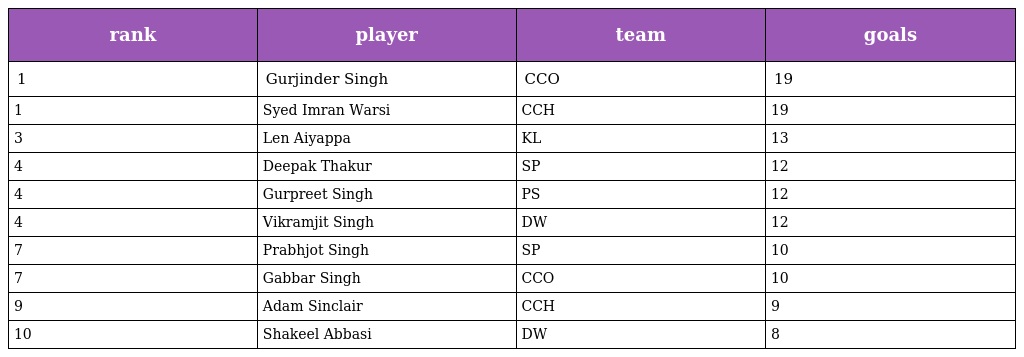
| rank | player | team | goals |
 | --- | --- | --- | --- |
 | 1 | Gurjinder Singh | CCO | 19 |
 | 1 | Syed Imran Warsi | CCH | 19 |
 | 3 | Len Aiyappa | KL | 13 |
 | 4 | Deepak Thakur | SP | 12 |
 | 4 | Gurpreet Singh | PS | 12 |
 | 4 | Vikramjit Singh | DW | 12 |
 | 7 | Prabhjot Singh | SP | 10 |
 | 7 | Gabbar Singh | CCO | 10 |
 | 9 | Adam Sinclair | CCH | 9 |
 | 10 | Shakeel Abbasi | DW | 8 |